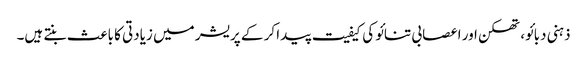
ذہنی دبائو، تھکن اور اعصابی تنائو کی کیفیت پیدا کر کے پریشر میں زیادتی کا باعث بنتے ہیں۔